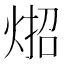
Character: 𪸳